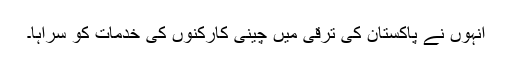
انہوں نے پاکستان کی ترقی میں چینی کارکنوں کی خدمات کو سراہا۔